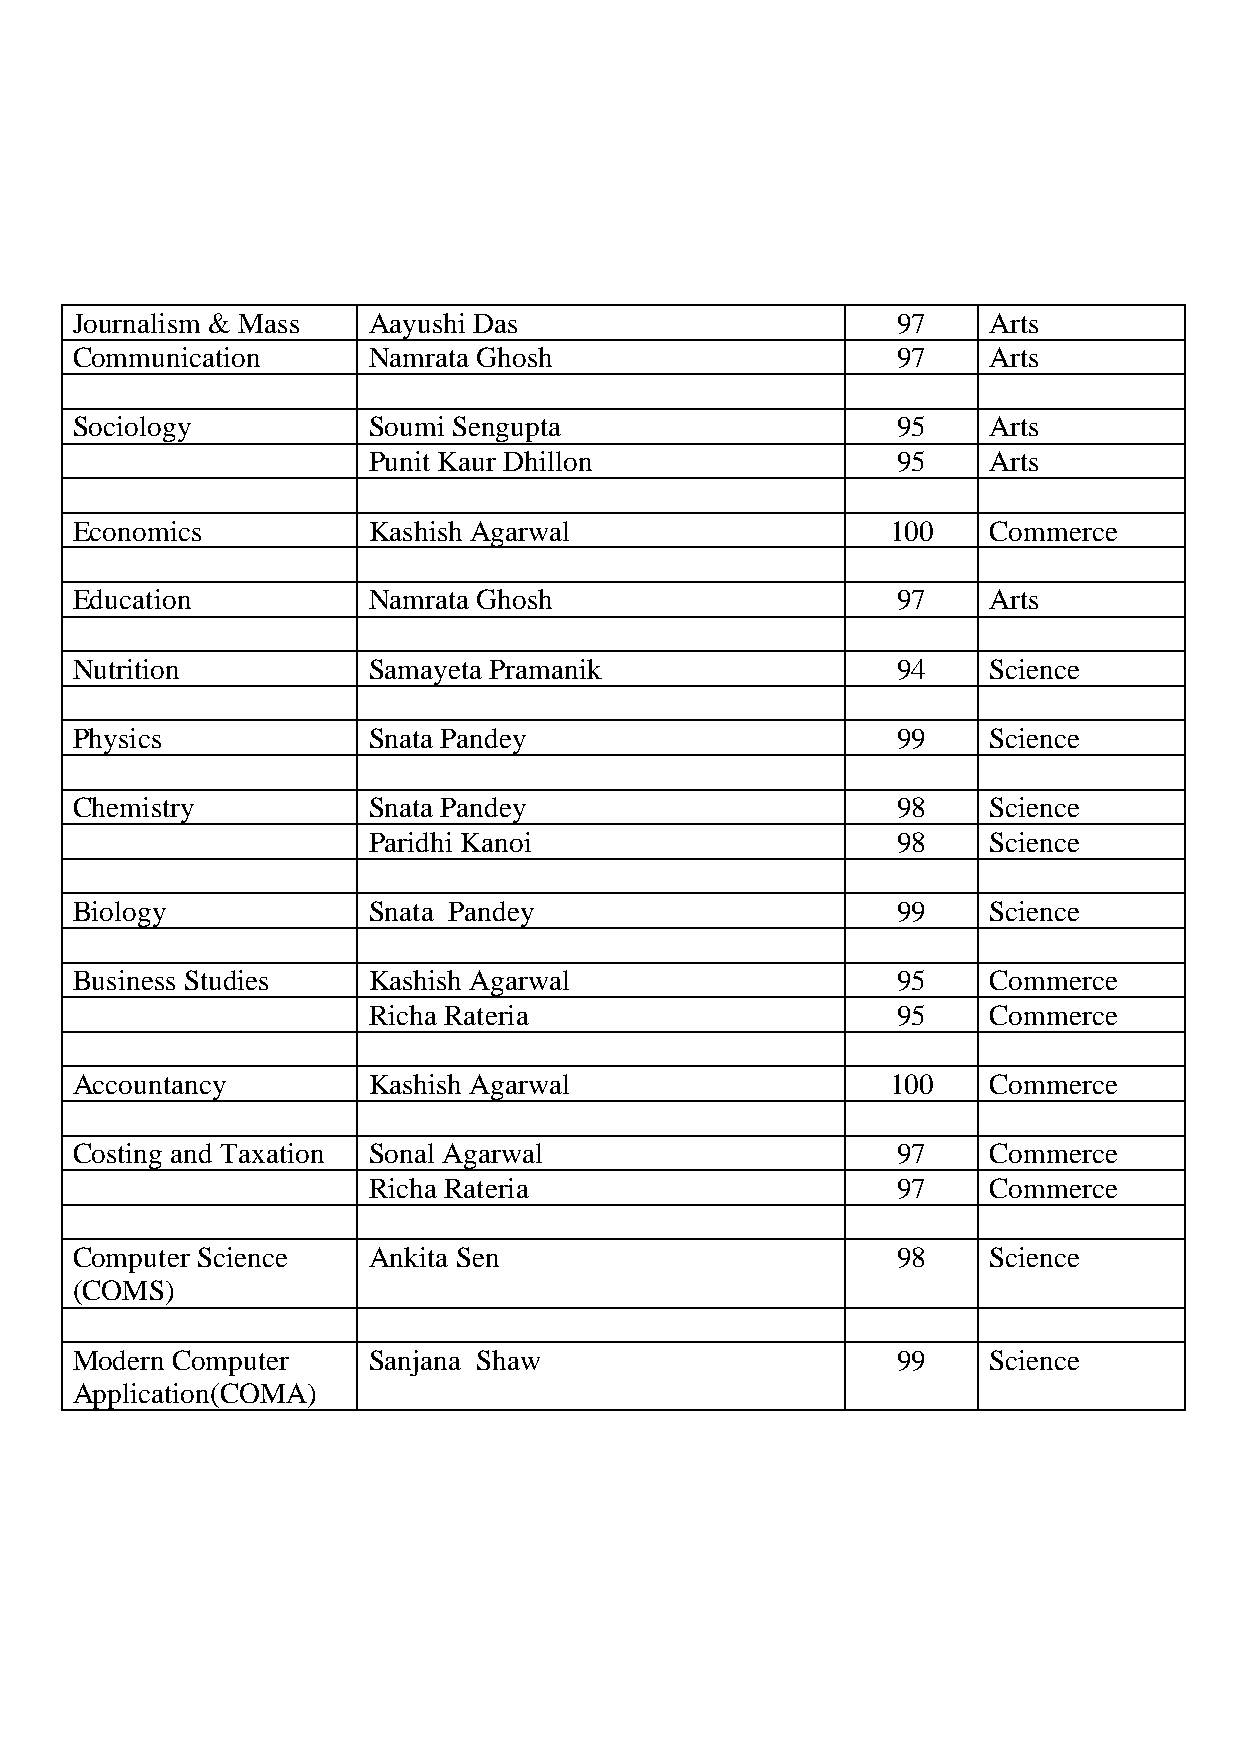
Journalism & Mass  Aayushi Das                        97    Arts
 Communication      Namrata Ghosh                      97    Arts
 Sociology          Soumi Sengupta                     95    Arts
 Punit Kaur Dhillon                 95    Arts
 Economics          Kashish Agarwal                    100   Commerce
 Education          Namrata Ghosh                      97    Arts
 Nutrition          Samayeta Pramanik                  94    Science
 Physics            Snata Pandey                       99    Science
 Chemistry          Snata Pandey                       98    Science
 Paridhi Kanoi                      98    Science
 Biology            Snata Pandey                       99    Science
 Business Studies   Kashish Agarwal                    95    Commerce
 Richa Rateria                      95    Commerce
 Accountancy        Kashish Agarwal                    100   Commerce
 Costing and Taxation Sonal Agarwal                    97    Commerce
 Richa Rateria                      97    Commerce
 Computer Science   Ankita Sen                         98    Science
 (COMS)
 Modern Computer    Sanjana Shaw                       99    Science
 Application(COMA)